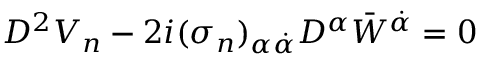
D ^ { 2 } V _ { n } - 2 i ( \sigma _ { n } ) _ { \alpha \dot { \alpha } } D ^ { \alpha } { \bar { W } } ^ { \dot { \alpha } } = 0